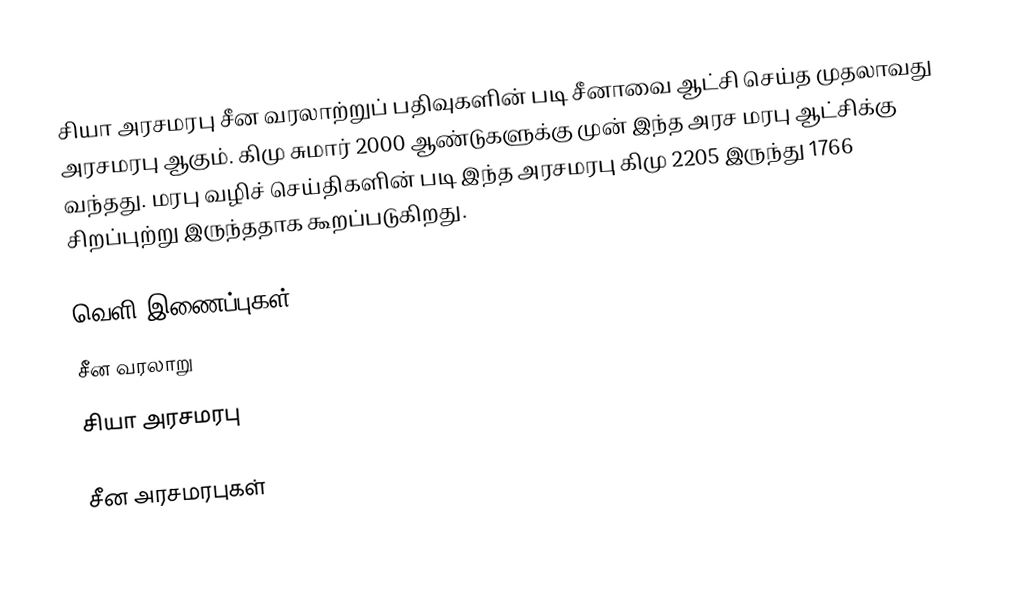
சியா அரசமரபு சீன வரலாற்றுப் பதிவுகளின் படி சீனாவை ஆட்சி செய்த முதலாவது அரசமரபு ஆகும்.  கிமு சுமார் 2000 ஆண்டுகளுக்கு முன் இந்த அரச மரபு ஆட்சிக்கு வந்தது.  மரபு வழிச் செய்திகளின் படி இந்த அரசமரபு கிமு 2205 இருந்து 1766 சிறப்புற்று இருந்ததாக கூறப்படுகிறது.

வெளி இணைப்புகள்
சீன வரலாறு
சியா அரசமரபு

சீன அரசமரபுகள்